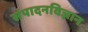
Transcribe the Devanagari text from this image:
संपादनविज्ञान